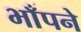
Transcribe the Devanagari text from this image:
भाँपने